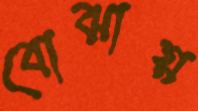
বোঝায়